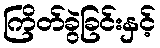
ကြိတ်ခွဲခြင်းနှင့်